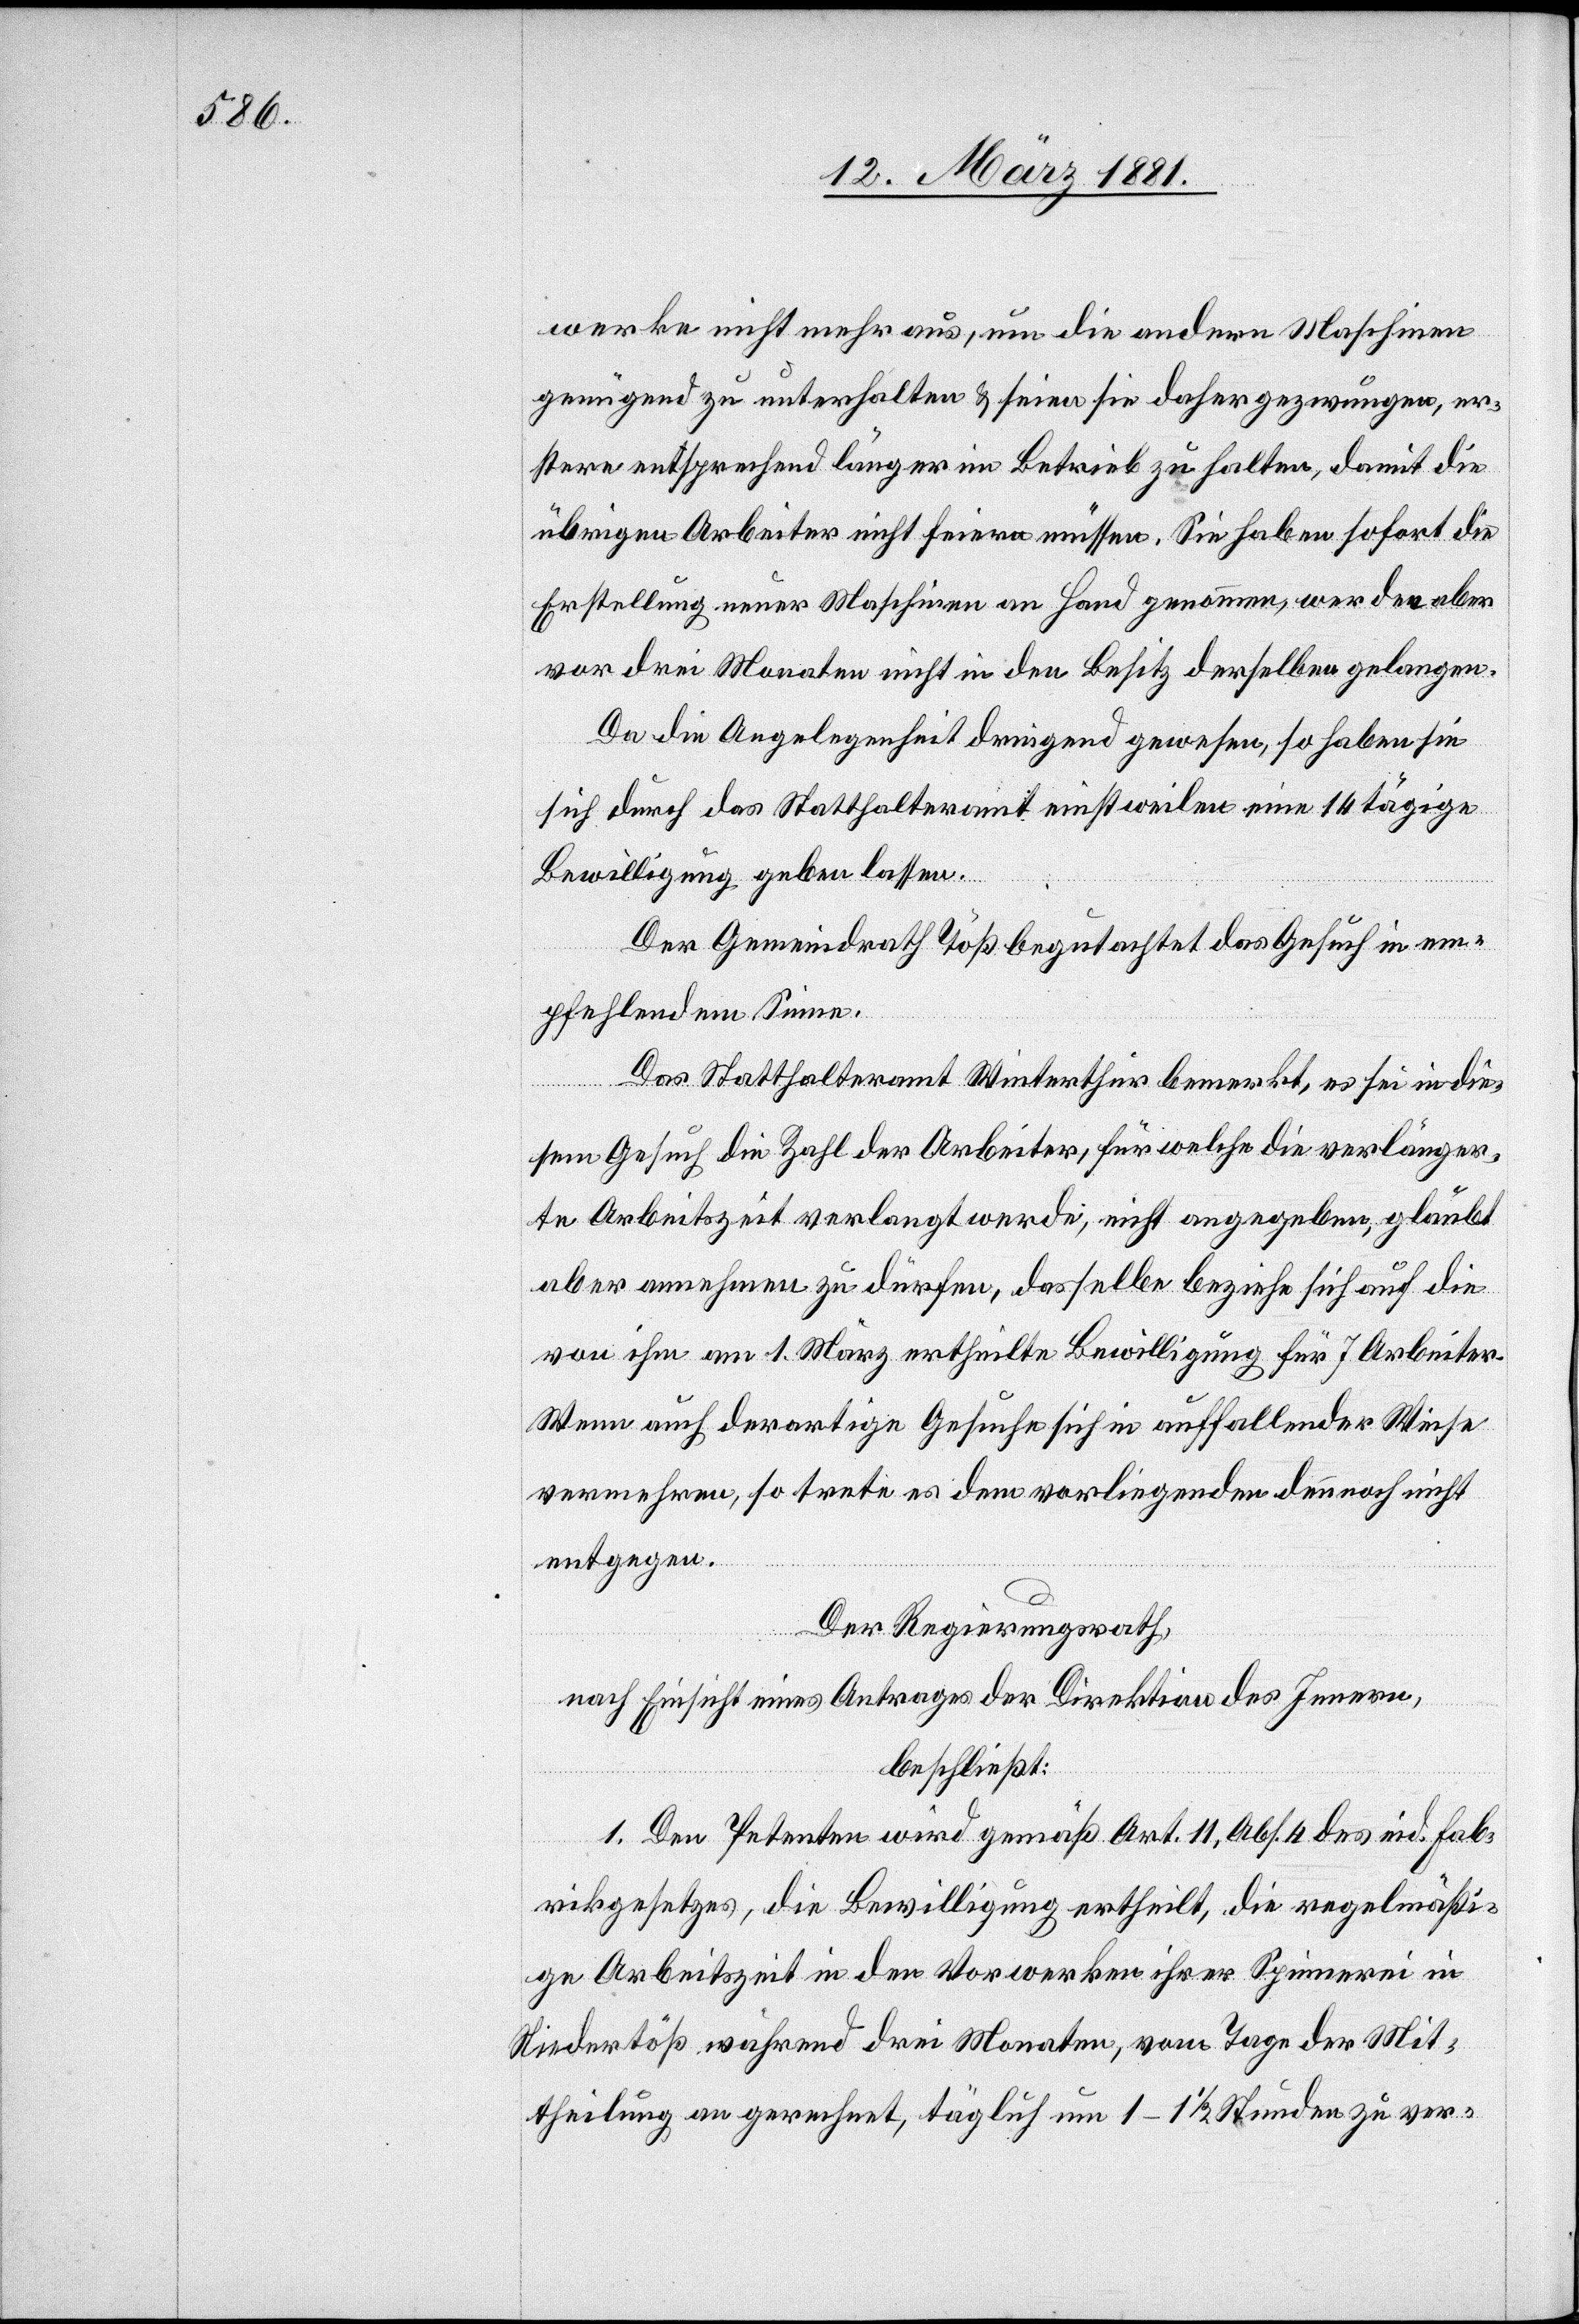
werke nicht mehr aus, um die andere Maschinen
genügend zu unterhalten & seien sie daher gezwungen, er¬
stere entsprechend länger in Betrieb zu halten, damit die
übrigen Arbeiter nicht feiern müssen. Sie haben sofort die
Erstellung neuer Maschinen an Hand genommen, werden aber
vor drei Monaten nicht in den Besitz derselben gelangen.
Da die Angelegenheit dringend gewesen, so haben sie
sich durch das Statthalteramt einstweilen eine 14 tägige
Bewilligung geben lassen.
Der Gemeindrath Töß begutachtet das Gesuch in em¬
pfehlendem Sinne.
Das Statthalteramt Winterthur bemerkt, es sei in die¬
sem Gesuch die Zahl der Arbeiter, für welche die verlänger¬
te Arbeitszeit verlangt werde, nicht angegeben, glaubt
aber annehmen zu dürfen, dasselbe beziehe sich auf die
von ihm am 1. März ertheilte Bewilligung für 7 Arbeiter.
Wenn auch derartige Gesuche sich in auffallender Weise
vermehren, so trete es dem vorliegendem dennoch nicht
entgegen.
Der Regierungsrath,
nach Einsicht eines Antrages der Direktion des Innern,
beschließt:
1. Den Petenten wird gemäß Art. 11, Abs. 4 des eid. Fab¬
rikgesetzes, die Bewilligung ertheilt, die regelmäßi¬
ge Arbeitszeit in den Vorwerken ihrer Spinnerei in
Niedertöß während drei Monaten, vom Tage der Mit¬
theilung an gerechnet, täglich um 1–1 1/2 Stunden zu ver-